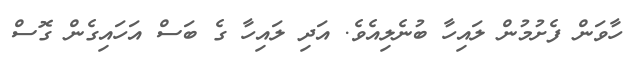
ހާވަން ފެށުމުން ލައިހާ ބުނެލިއެވެ. އަދި ލައިހާ ގެ ބަސް އަހައިގެން ގޮސް